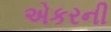
એકરની